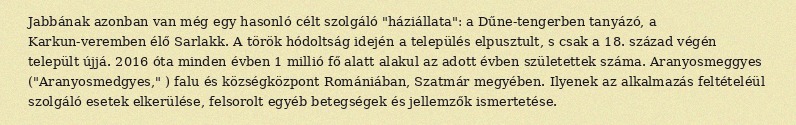
Jabbának azonban van még egy hasonló célt szolgáló "háziállata": a Dűne-tengerben tanyázó, a Karkun-veremben élő Sarlakk. A török hódoltság idején a település elpusztult, s csak a 18. század végén települt újjá. 2016 óta minden évben 1 millió fő alatt alakul az adott évben születettek száma. Aranyosmeggyes ("Aranyosmedgyes," ) falu és községközpont Romániában, Szatmár megyében. Ilyenek az alkalmazás feltételéül szolgáló esetek elkerülése, felsorolt egyéb betegségek és jellemzők ismertetése.